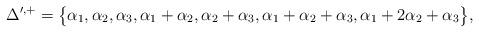
LaTeX: \begin{gather*} \Delta'^{,+} = \big\{ \alpha_1, \alpha_2, \alpha_3, \alpha_1+\alpha_2, \alpha_2+\alpha_3, \alpha_1+\alpha_2+\alpha_3, \alpha_1+2\alpha_2+\alpha_3 \big\},\end{gather*}